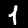
Label: 1